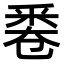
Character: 𠨟